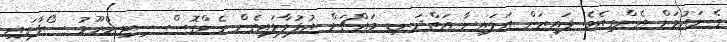
ގެނައުމަށް އެންގިއެވެ. ފައިޒަން އަލައިނާ އަތްދަނޑި މައްޗަށް އުފުލާލައިގެން ގެންގޮސް ސިޓިންރޫމު ސޯފާގައި